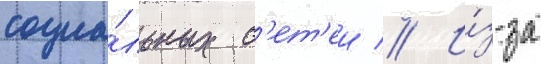
социа́льных с'ет'еи // И́з-за